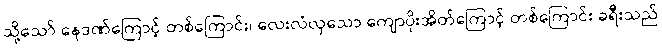
သို့သော် နေဒဏ်ကြောင့် တစ်ကြောင်း၊ လေးလံလှသော ကျောပိုးအိတ်ကြောင့် တစ်ကြောင်း ခရီးသည်